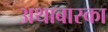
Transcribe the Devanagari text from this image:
अथाबास्का